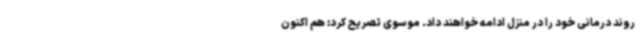
روند درمانی خود را در منزل ادامه خواهند داد. موسوی تصریح کرد: هم اکنون